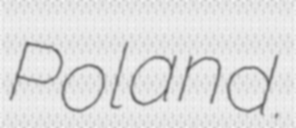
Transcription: Poland.